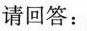
请回答：